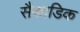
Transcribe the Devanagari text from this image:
सैकाडिक